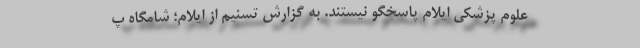
علوم پزشکی ایلام پاسخگو نیستند. به گزارش تسنیم از ایلام؛ شامگاه پ